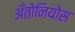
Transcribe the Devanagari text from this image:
अँतोनियोस